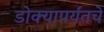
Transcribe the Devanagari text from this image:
डोक्यापर्यंतचे